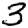
Digit: 3